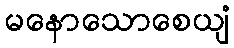
မနောသောစေယျံ